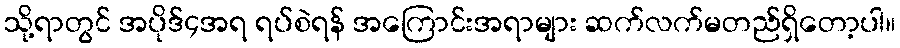
သို့ရာတွင် အပိုဒ်၄အရ ရပ်စဲရန် အကြောင်းအရာများ ဆက်လက်မတည်ရှိတော့ပါ။